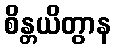
စိန္တယိတွာန